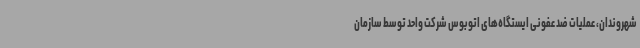
شهروندان، عملیات ضد عفونی ایستگاه‌های اتوبوس شرکت واحد توسط سازمان